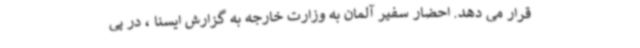
قرار می دهد. احضار سفیر آلمان به وزارت خارجه به گزارش ایسنا ، در پی